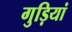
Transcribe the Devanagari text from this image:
गुड़ियां